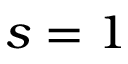
s = 1